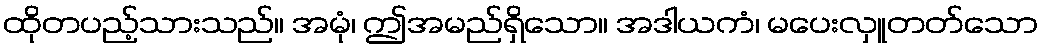
ထိုတပည့်သားသည်။ အမုံ၊ ဤအမည်ရှိသော။ အဒါယကံ၊ မပေးလှူတတ်သော